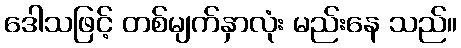
ဒေါသဖြင့် တစ်မျက်နှာလုံး မည်းနေ သည်။